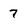
Character: 7